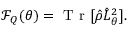
\mathcal { F } _ { Q } ( \theta ) = \mathrm { ~ T ~ r ~ } [ \hat { \rho } \hat { L } _ { \theta } ^ { 2 } ] .